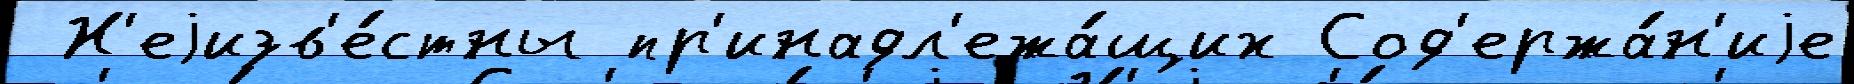
 Н'еjизв'е́стны пр'инадл'ежа́щих Сод'ержа́н'иjе